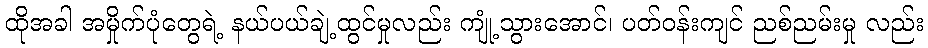
ထိုအခါ အမှိုက်ပုံတွေရဲ့ နယ်ပယ်ချဲ့ထွင်မှုလည်း ကျုံ့သွားအောင်၊ ပတ်ဝန်းကျင် ညစ်ညမ်းမှု လည်း